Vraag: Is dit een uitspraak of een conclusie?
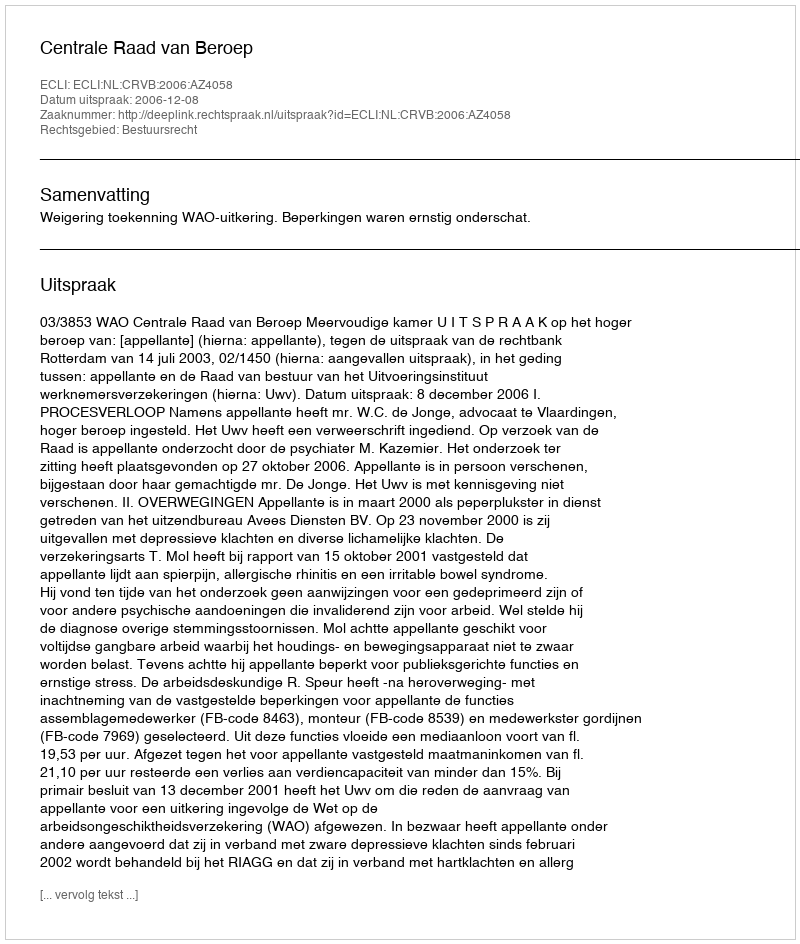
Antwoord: Uitspraak